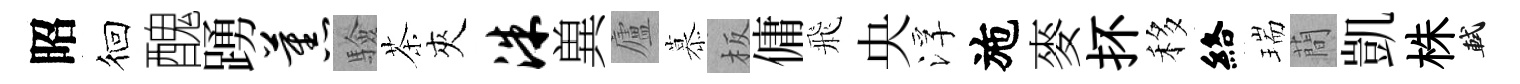
昭徊醜踴蕉驗茶夾洙兾廬慕板傭飛央浮施麥抔移絡瑞蕳凱株軾